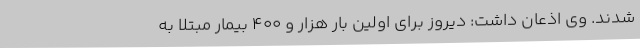
شدند. وی اذعان داشت: دیروز برای اولین بار هزار و ٤٠٠ بیمار مبتلا به